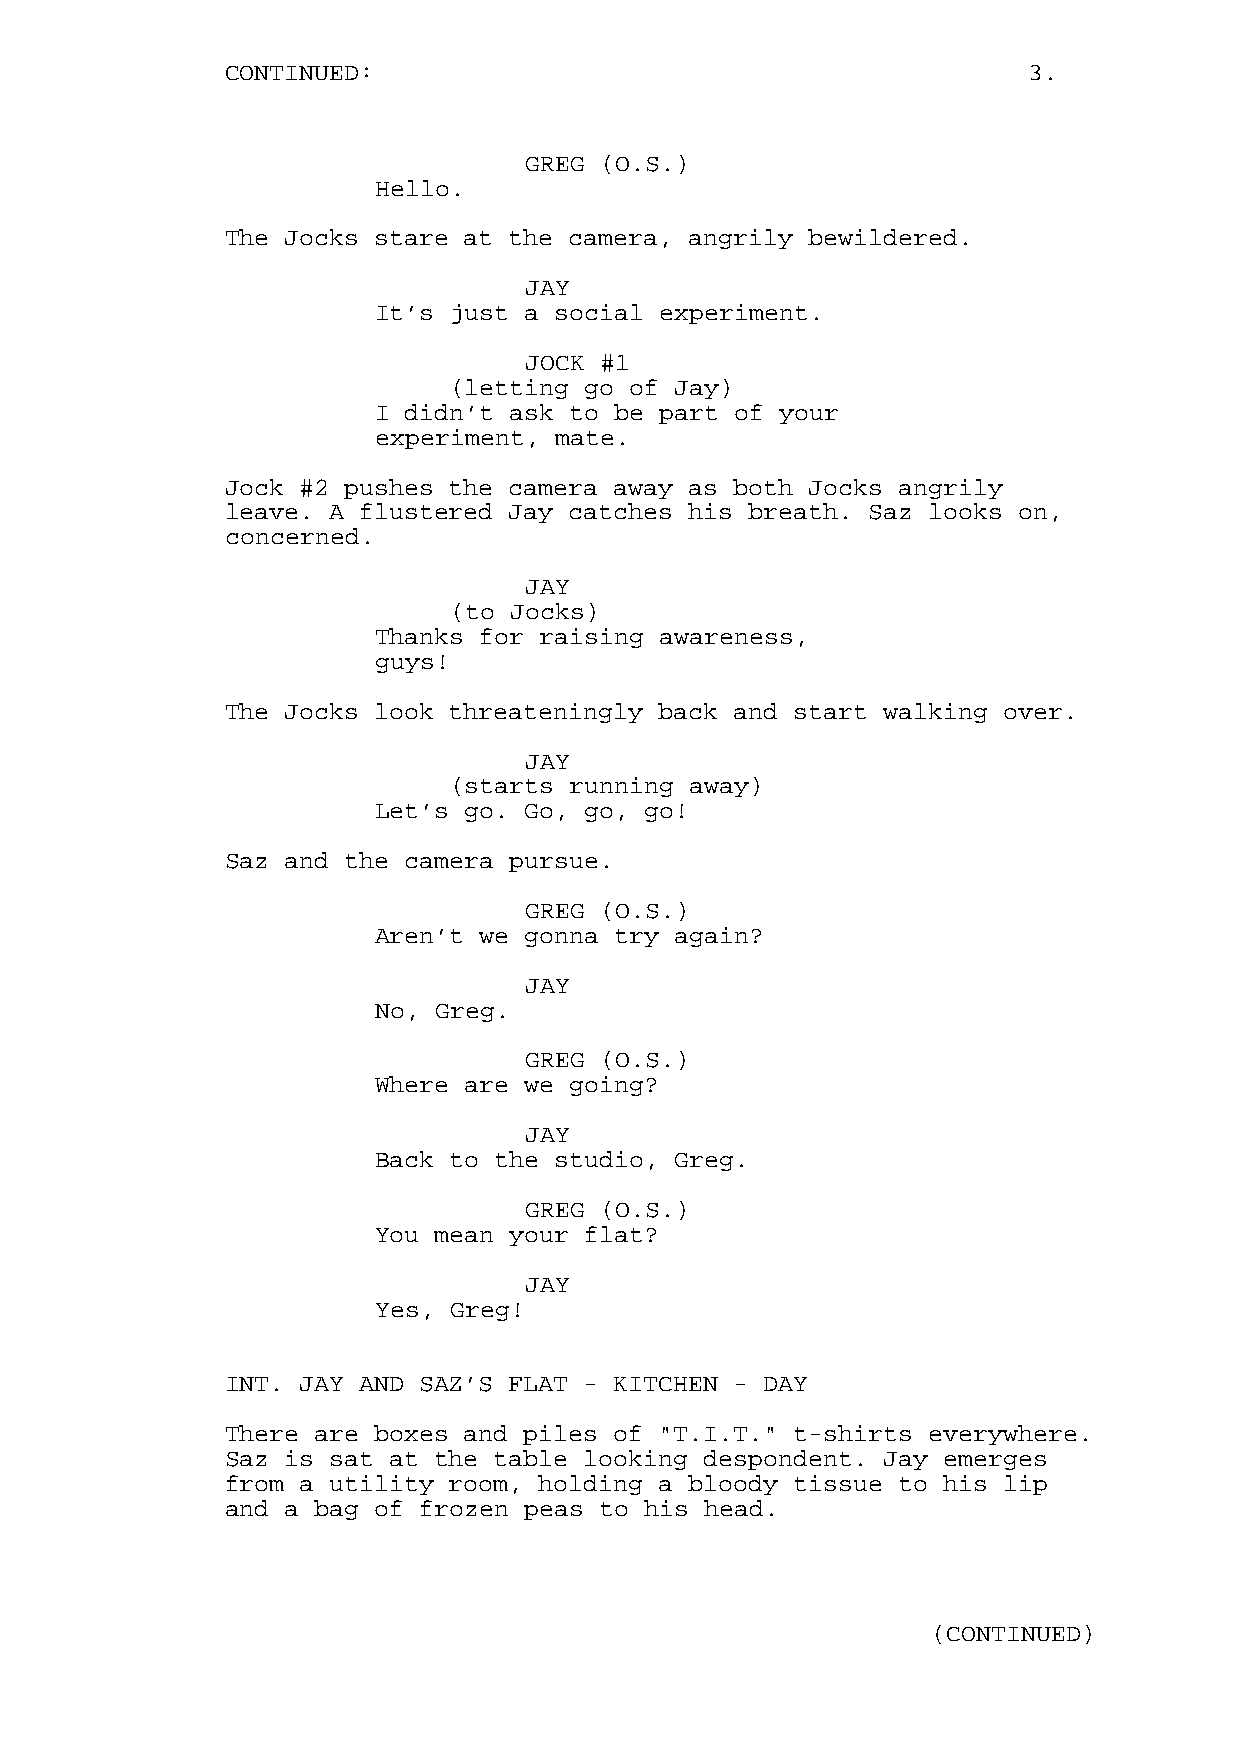
CONTINUED:                                           3.
 GREG (O.S.)
 Hello.
 The Jocks stare at the camera, angrily bewildered.
 JAY
 It’s just a social experiment.
 JOCK #1
 (letting go of Jay)
 I didn’t ask to be part of your
 experiment, mate.
 Jock #2 pushes the camera away as both Jocks angrily
 leave. A flustered Jay catches his breath. Saz looks on,
 concerned.
 JAY
 (to Jocks)
 Thanks for raising awareness,
 guys!
 The Jocks look threateningly back and start walking over.
 JAY
 (starts running away)
 Let’s go. Go, go, go!
 Saz and the camera pursue.
 GREG (O.S.)
 Aren’t we gonna try again?
 JAY
 No, Greg.
 GREG (O.S.)
 Where are we going?
 JAY
 Back to the studio, Greg.
 GREG (O.S.)
 You mean your flat?
 JAY
 Yes, Greg!
 INT. JAY AND SAZ’S FLAT - KITCHEN - DAY
 There are boxes and piles of "T.I.T." t-shirts everywhere.
 Saz is sat at the table looking despondent. Jay emerges
 from a utility room, holding a bloody tissue to his lip
 and a bag of frozen peas to his head.
 (CONTINUED)